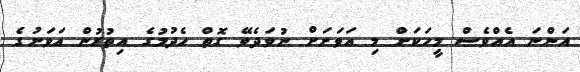
އަންނަ އެއްވެސް މީހަކަށް މި އަވަށަށް ނުވަދެވޭ ގޮތް ހެދުމުގެ އިތުރުން އަވަށުގެ